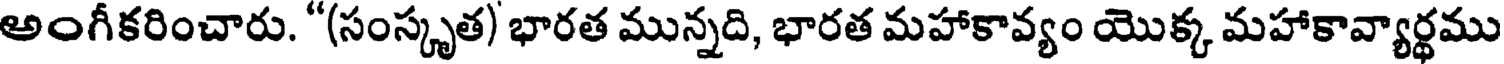
అంగీకరించారు. "(సంస్కృత) భారత మున్నది, భారత మహాకావ్యం యొక్క మహాకావ్యార్థము